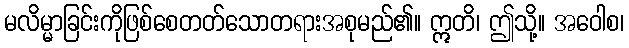
မလိမ္မာခြင်းကိုဖြစ်စေတတ်သောတရားအစုမည်၏။ ဣတိ၊ ဤသို့။ အဝေါစ၊